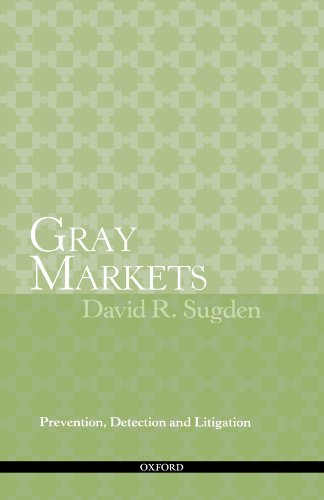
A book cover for Gray Markets: Prevention, Detection and Litigation; David R. Sugden; Business & Money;